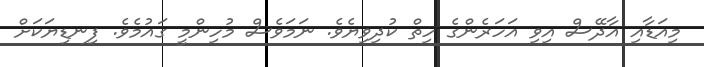
މިއަޑާއި އާދޭސް އިވި އަހަރެންގެ ހިތް ކުދިވިޔެވެ. ނަމަވެސް މުހިންމީ ގައުމެވެ. ފިނޑިޔަކަށް